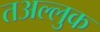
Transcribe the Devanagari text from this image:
तअल्लुक